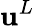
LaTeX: \mathbf{u}^{L}